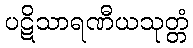
ပဋိသာရဏီယသုတ္တံ